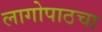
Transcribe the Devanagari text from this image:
लागोपाठचा